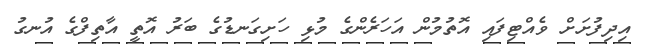
އިދިފުށަށް ވެއްޓިފައި އޮތުމުން އަހަރެންގެ މުޅި ހަށިގަނޑުގެ ބަރު އޮތީ އާތިފްގެ އުނގު